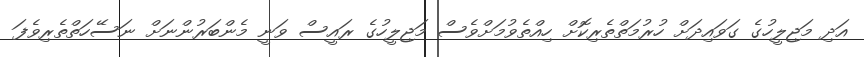
އަދި މަޖިލީހުގެ ގަވައިދަށް ހުރުމަތްތެރިކޮށް ހިއްތެވުމަށްވެސް މަޖިލީހުގެ ރައީސް ވަނީ މެންބަރުންނަށް ނަސޭހަތްތެރިވެފަ